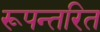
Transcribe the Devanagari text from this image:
रूपन्तरित